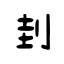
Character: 刲